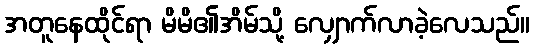
အတူနေထိုင်ရာ မိမိ၏အိမ်သို့ လျှောက်လာခဲ့လေသည်။